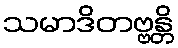
သမာဒိတဗ္ဗန္တိ